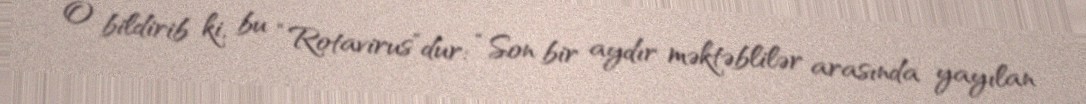
O bildirib ki, bu “Rotavirus”dur: “Son bir aydır məktəblilər arasında yayılan